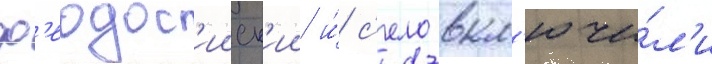
ф'еодос'ииск'ии и́ с'ело вкл'ючи́л'и